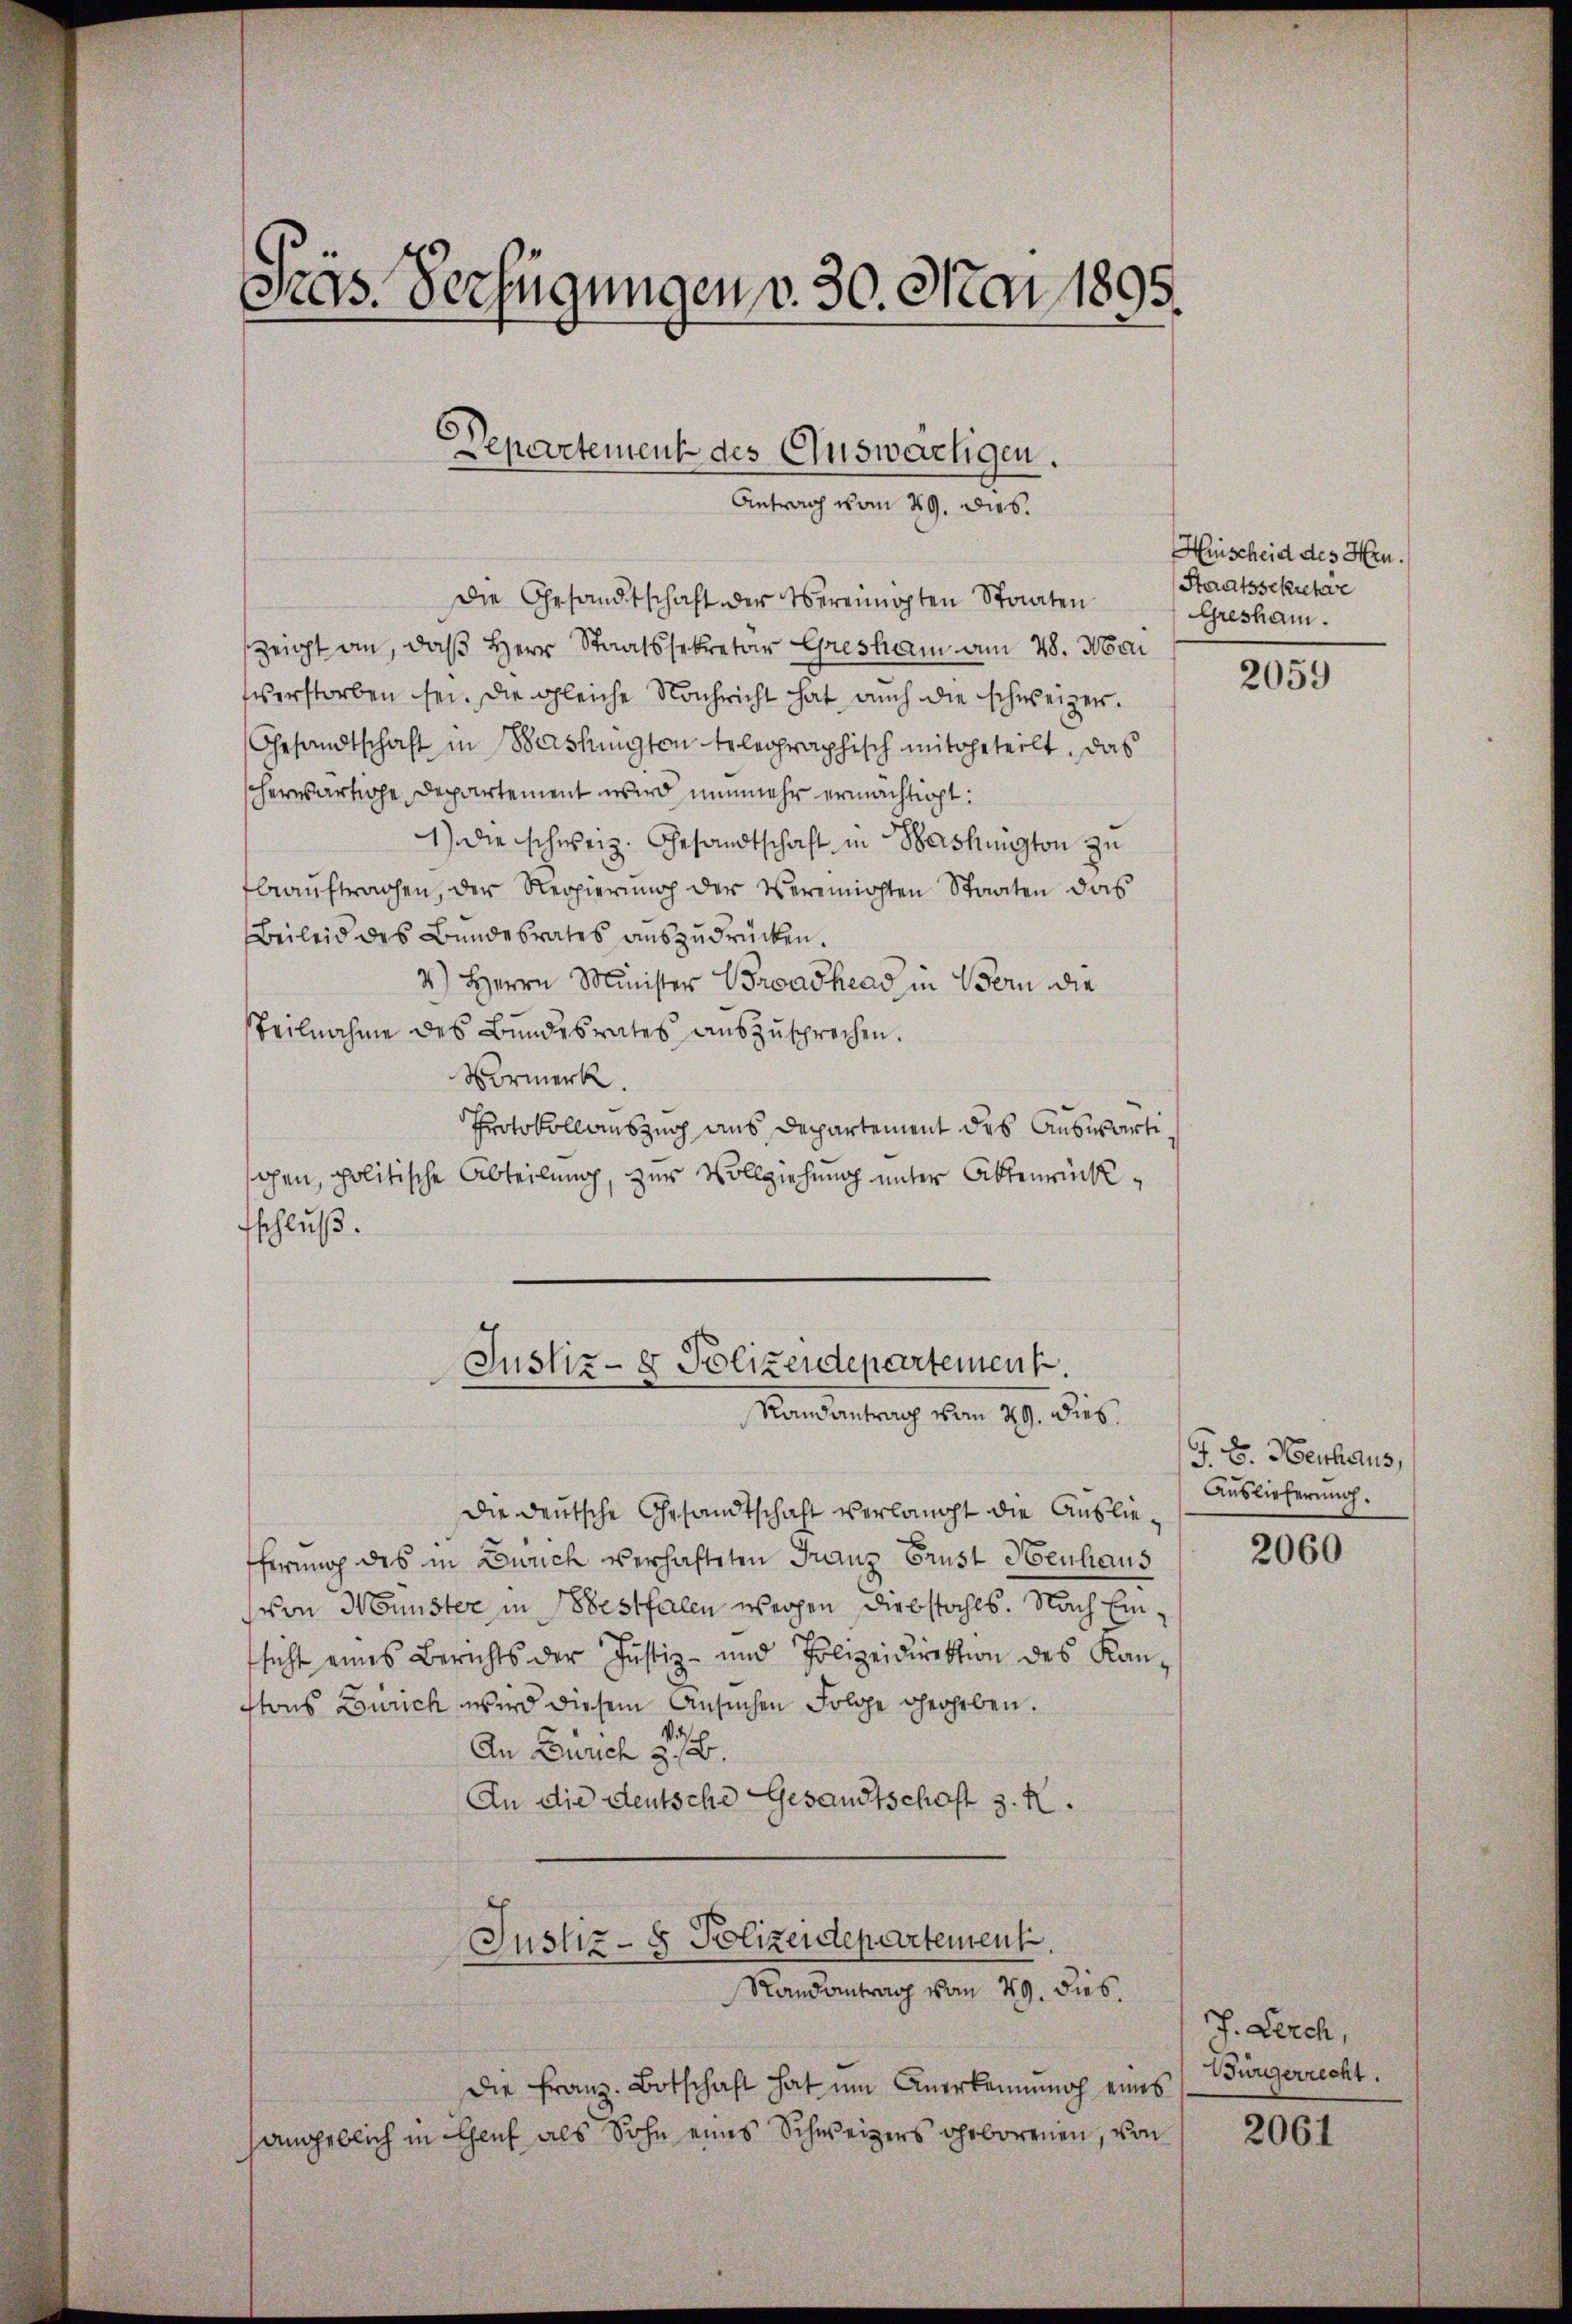
Pras. Verfügungen v. 30. Mai 1895.

die Gesandtschaft der Vereinigten Staaten
zeigt an, daß Herr Staatssekretär Gresham am 28. Mai
sverstorben sei. Die gleiche Nachricht hat auch die schweizer.
Gesandtschaft in Washingten telegraphisch mitgeteilt. Das
herwärtige Departement wird nunmehr ermächtigt:
4) Die schweiz. Gesandtschaft in Washington zu
beauftragen, der Regierung der Vereinichten Staaten das
Beileid des Bundesrates auszudrücken.
2) Herrn Minister Broadhead in Bern die
Teilnahme des Bundesrates aŭszŭsprechen.
Vormerk.
Protokollauszug aus Departement des Auswärtischen, politische Abteilung, zur Vollziehung unter Aktenrückfschluß.

Departement des Auswachigen.
Antrag vom 29. Dieb.

Justiz- & Polizeidepartement.
Randantrag vom 29. dies

Die deutsche Gesandtschaft verlangt die Auslieferung des in Zürich verhafteten Franz Prust Henhaus
von Münster in bestfalen wegen Diebstahls. Nach Einsicht eines Berichts der Justiz- und Polizeidirektion des Kanstons Zürich wird diesem Ansuchen Folge gegeben.
An Durch z. B.
An die deutsche Gesandtschaft z. R.

Justiz- & Polizeidepartement.
Randantrag vom 29. dies.

die Franz. Botschaft hat um Anerkennung eines
sangeblich in Genf als Sohn eines Schweizers geborenen, von

Hischeid des Hrn.
Staatsschuchar
Gresham.

2059

P. Dr. Henhaus,
Auslieferung.

2060

J. Lerch,
Bürgerrecht.

2061